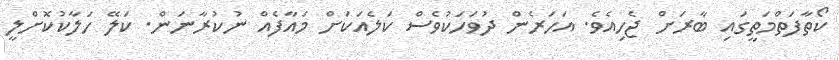
ކޯތާފަތްމަތީގައި ބާރަށް ޖެހިއެވެ. އަހަރެން ދުވަހަކުވެސް ކަލެއަކަށް މައާފެއް ނުކުރާނަން. ކަލޭ ހަލާކުކޮށްލީ